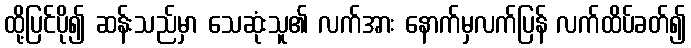
ထို့ပြင်ပို၍ ဆန်းသည်မှာ သေဆုံးသူ၏ လက်အား နောက်မှလက်ပြန် လက်ထိပ်ခတ်၍